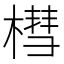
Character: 槥